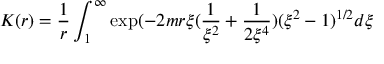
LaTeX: K ( r ) = \frac { 1 } { r } \int _ { 1 } ^ { \infty } \exp ( - 2 m r \xi ( \frac { 1 } { \xi ^ { 2 } } + \frac { 1 } { 2 \xi ^ { 4 } } ) ( \xi ^ { 2 } - 1 ) ^ { 1 / 2 } d \xi